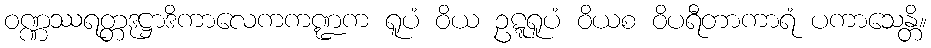
ဝဏ္ဏဿရတ္တဒုဋ္ဌာဒိကာလေကကဏ္ဍက ရူပံ ဝိယ ဥဋ္ဋရူပံ ဝိယစ ဝိပရီတာကာရံ ပကာသေန္တိ။